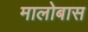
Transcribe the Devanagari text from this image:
मालोबास